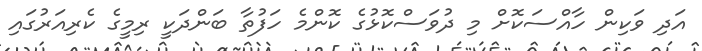
އަދި ވަކިން ހާއްސަކޮށް މި ދުވަސްކޮޅުގެ ކޮންމެ ހަފުތާ ބަންދަކީ ރިމީގެ ކެރިއަރުގައި